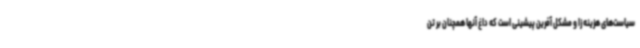
سیاست‌های هزینه‌زا و مشکل آفرین پیشینی است که داغ آنها همچنان بر تن